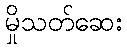
မှိုသတ်ဆေး